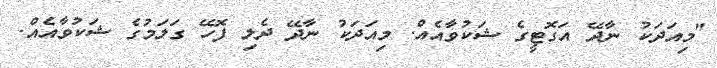
"މިއަދަކު ނާދޭ އަގޮޓީގެ ޝަކުވާއެއް. މިއަދަކު ނާދޭ ދެލި ފޮހޭ ގަލަމުގެ ޝަކުވާއެއް.